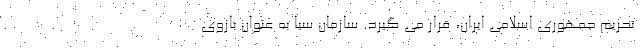
تحریم جمهوری اسلامی ایران، قرار می گیرد. سازمان سیا به عنوان بازوی